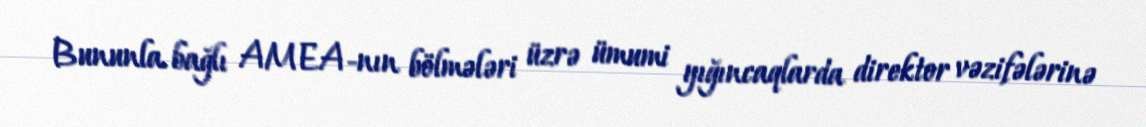
Bununla bağlı AMEA-nın bölmələri üzrə ümumi yığıncaqlarda direktor vəzifələrinə